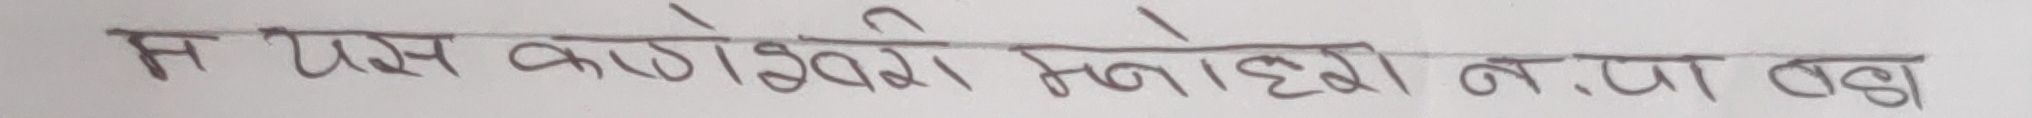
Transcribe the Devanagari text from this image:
म येस वाङेश्वरी मनाहेछी न.पा वडा